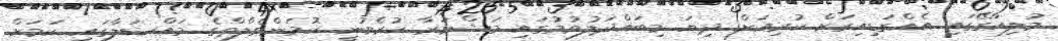
މުލިއާގޭގައި އެއްގަޑިއިރަށް ކުރިއަށް ދިޔަ މިބައްދަލުވުމުގައި މަޝްވަރާ ކުރެވުނީ ކޮމަންވެލްތްގެ މައްސަލާގައި ކަަމަށް